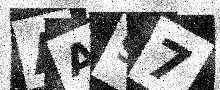
Text: AA97